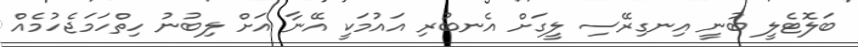
ބަލޮޓެލީ ބުނީ އިނގިރޭސި ލީގަށް އެނބުރި އައުމަކީ އޭނާ އަށް ލިބުނު ހިތްހަމަޖެހުމެއް